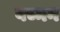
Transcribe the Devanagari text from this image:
बच्मन